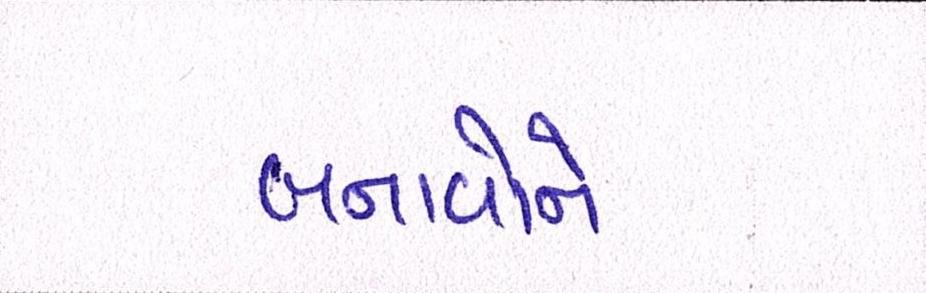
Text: બનાવોને